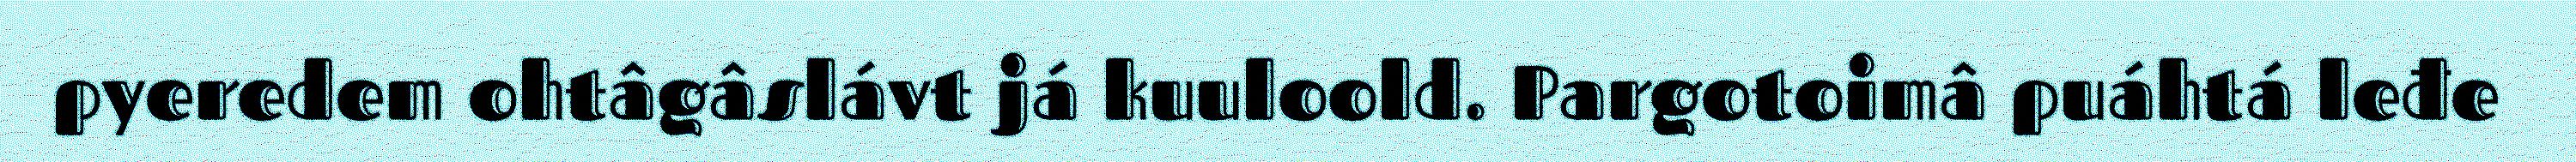
pyeredem ohtâgâslávt já kuuloold. Pargotoimâ puáhtá leđe